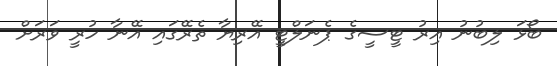
ބޯޅަ ލިބުނު އިރު ޓީސީގެ ޕެނަލްޓީ އޭރިޔާ ތެރޭގައި އޭނާ ހުރީ ވަރަށް